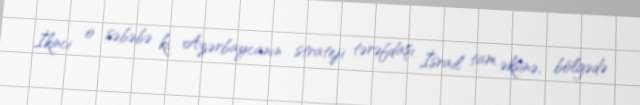
İkinci o səbəbə ki, Azərbaycanın strateji tərəfdaşı İsrail tam əksinə, bölgədə